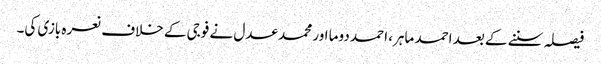
فیصلہ سننے کے بعد احمد ماہر، احمد دوما اور محمد عدل نے فوجی کے خلاف نعرہ بازی کی۔